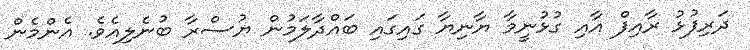
ދަރިފުޅު ރާއިފް އާއި ގުޅުނީމާ ޔާނިޔާ ގައިގައި ބައްދާލަމުން ޔުސްރާ ބުނެލިއެވެ. އެންމެން